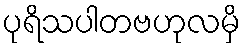
ပုရိသပါတဗဟုလမှိ